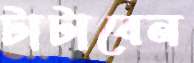
টাটাবেন